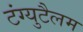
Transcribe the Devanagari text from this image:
टंग्युटैलम